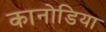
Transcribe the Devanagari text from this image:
कानोडिया